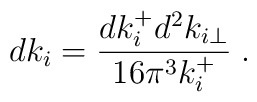
dk_i={dk_i^+ d^2k_{i\perp} \over 16\pi^3 k_i^+} \;.